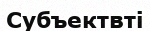
Субъектвті